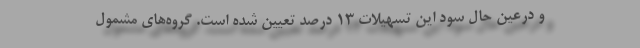
و درعین حال سود این تسهیلات ۱۳ درصد تعیین شده است. گروه‌های مشمول